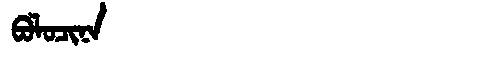
Manchu: ᠪᠣᠯᠣᠴᡳᠨᠠ
Romanization: BOLOCINA